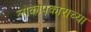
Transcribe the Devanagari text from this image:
लोकोपकाराच्या